Vabadussoja_Ajaloo_Komitee, lk 71
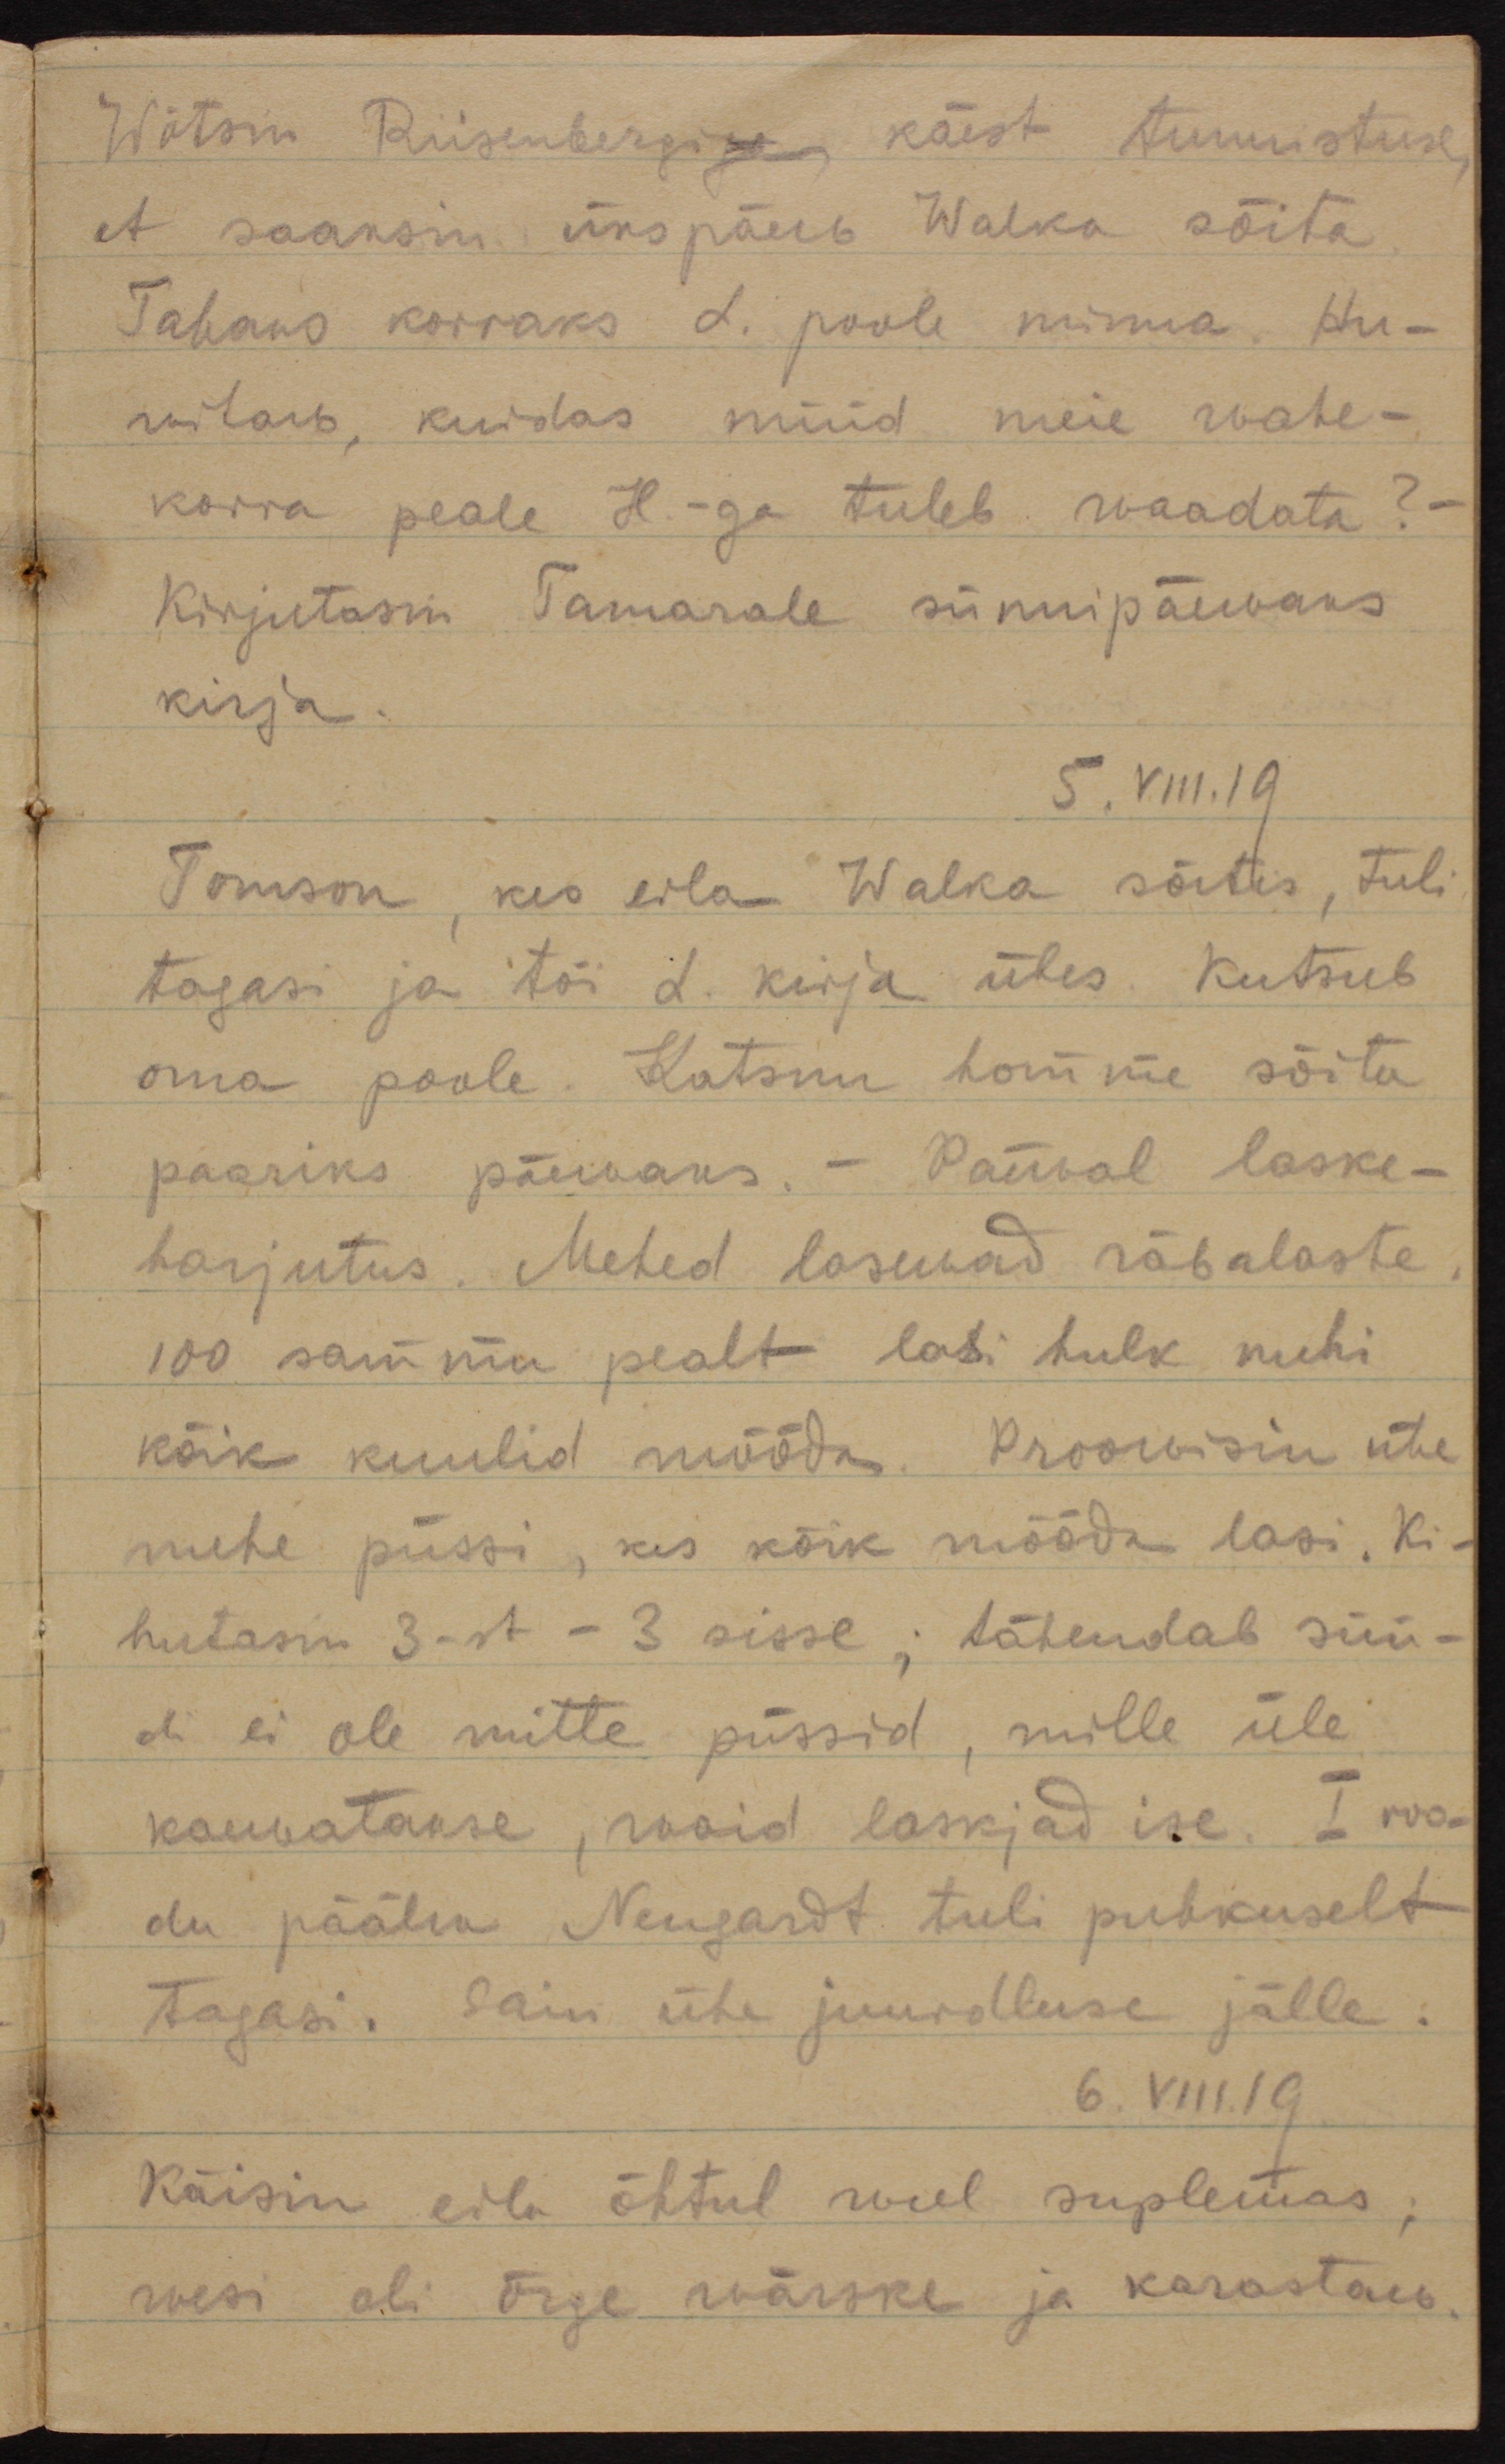
Wõtsin Riisenbergi käest tunnistuse, 
et saaksin ükspäew Walka sõita.
Tahaks korraks L. poole minna. Hu-
witaw, kuidas nüüd meie wahe-
korra peale H-ga tuleb waadata? -
Kirjutasin Tamarale sünnipäewaks
kirja. 
5.VIII.19
Tomson, kes eila Walka sõitis, tuli
tagasi ja tõi L. kirja ühes. Kutsub
oma poole. Katsun homme sõita
paariks päewaks. - Päewal laske-
harjutus. Mehed lasewad räbalaste.
100 sammu pealt lasi hulk mehi
kõik kuulid mööda. Proovisin ühe
mehe püssi, kes kõik mööda lasi. Ki-
hutasin 3-st - 3 sisse; tähendab süü-
di ei ole mitte püssid, mille üle
kaewatakse, waid laskjad ise. I roo-
du päälik Neugardt tuli puhkuselt 
tagasi. Sain ühe juurdluse jälle.
6.VIII.19
Käisin eila õhtul weel suplemas; 
wesi oli õige wärske ja karastaw.